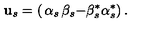
{ \bf u } _ { s } = \left( \begin{matrix} { \alpha _ { s } } & { \beta _ { s } } \\ { - \beta _ { s } ^ { \ast } } & { \alpha _ { s } ^ { \ast } } \\ \end{matrix} \right) .